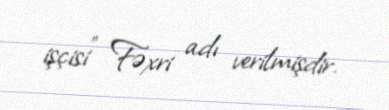
işçisi" Fəxri adı verilmişdir.